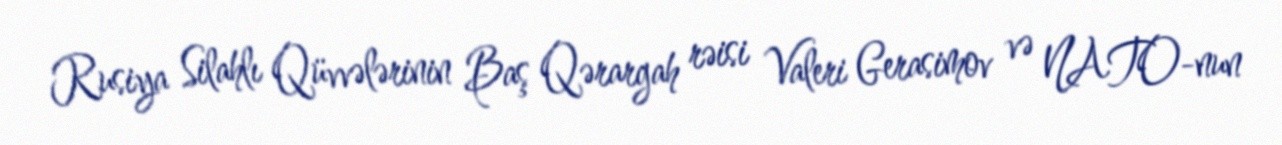
Rusiya Silahlı Qüvvələrinin Baş Qərargah rəisi Valeri Gerasimov və NATO-nun